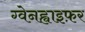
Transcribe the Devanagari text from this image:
ग्वेनह्वाइफ़र